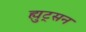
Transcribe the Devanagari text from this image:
ह्युट्सन